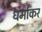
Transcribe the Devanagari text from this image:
धर्माकर